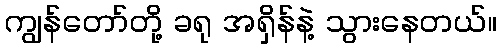
ကျွန်တော်တို့ ခရု အရှိန်နဲ့ သွားနေတယ်။